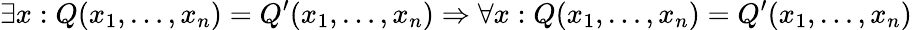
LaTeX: \exists x:Q(x_{1},\ldots,x_{n})=Q^{\prime}(x_{1},\ldots,x_{n})\Rightarrow\forall x:Q(x_{1},\ldots,x_{n})=Q^{\prime}(x_{1},\ldots,x_{n})